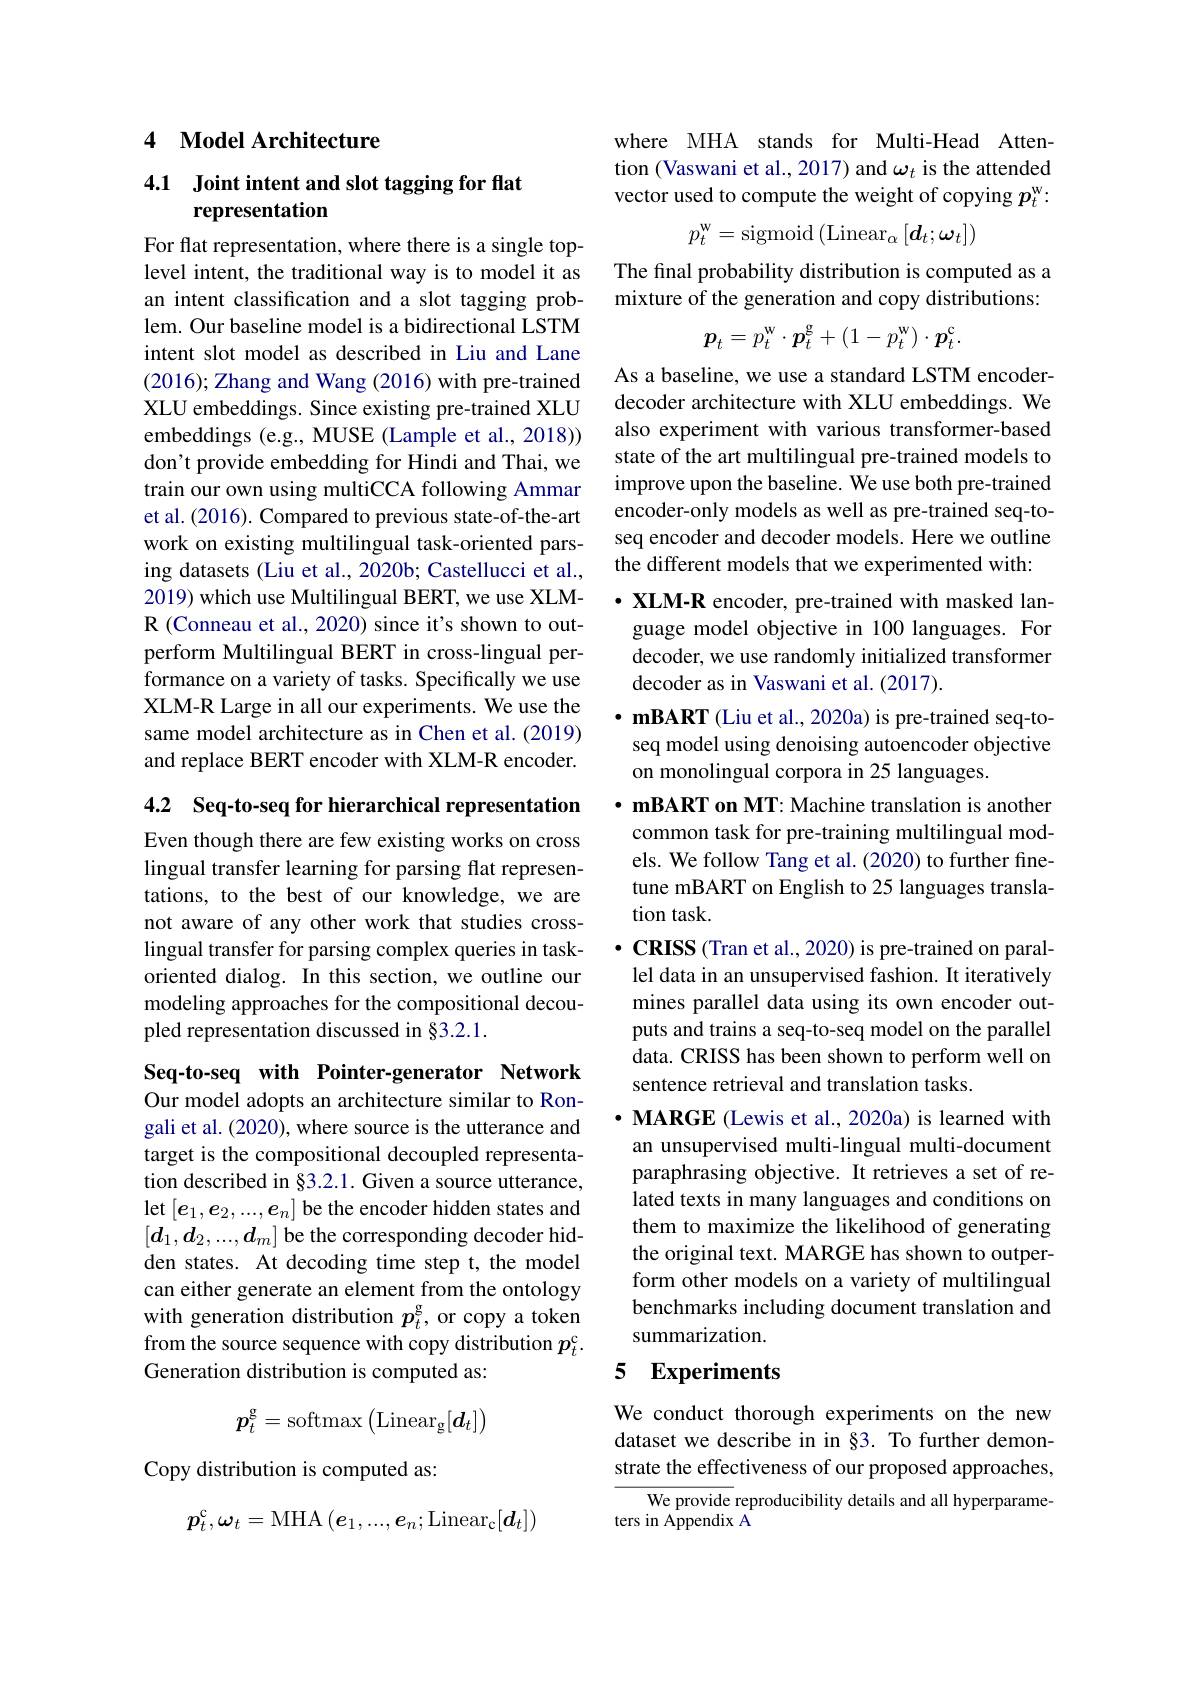
## 4 Model Architecture

## 4.1 Joint intent and slot tagging for flat representation

For flat representation, where there is a single toplevel intent, the traditional way is to model it as an intent classification and a slot tagging problem. Our baseline model is a bidirectional LSTM intent slot model as described in Liu and Lane (2016);Zhang and Wang (2016) with pre-trained XLU embeddings. Since existing pre-trained XLU embeddings (e.g., MUSE (Lample et al., 2018)) don't provide embedding for Hindi and Thai, we train our own using multiCCA following Ammar et al. (2016). Compared to previous state-of-the-art work on existing multilingual task-oriented parsing datasets (Liu et al., 2020b; Castellucci et al., 2019) which use Multilingual BERT, we use XLMR (Conneau et al., 2020) since it's shown to outperform Multilingual BERT in cross-lingual performance on a variety of tasks. Specifically we use XLM-R Large in all our experiments. We use the same model architecture as in Chen et al.(2019) and replace BERT encoder with XLM-R encoder.

4.2 Seq-to-seq for hierarchical representation

Even though there are few existing works on cross lingual transfer learning for parsing flat representations, to the best of our knowledge, we are not aware of any other work that studies crosslingual transfer for parsing complex queries in taskoriented dialog. In this section, we outline our modeling approaches for the compositional decoupled representation discussed in §3.2.1.

Seq-to-seq with Pointer-generator Network Our model adopts an architecture similar to Rongali et al. (2020), where source is the utterance and target is the compositional decoupled representation described in §3.2.1. Given a source utterance, let $[e_1,e_2,...,e_n]$ be the encoder hidden states and $[d_1,d_2,...,d_m]$ be the corresponding decoder hidden states. At decoding time step t, the model can either generate an element from the ontology with generation distribution $p_t^\mathrm{g}$,or copy a token from the source sequence with copy distribution $p_t^\mathrm{c}.$ Generation distribution is computed as:
$$p_t^\mathrm{g}=\mathrm{softmax}\begin{pmatrix}\mathrm{Linear}_\mathrm{g}[\boldsymbol{d}_t]\end{pmatrix}$$
Copy distribution is computed as:
$$p_t^\mathrm{c},\omega_t=\mathrm{MHA}\left(e_1,...,e_n;\mathrm{Linear}_\mathrm{c}[d_t]\right)$$
where MHA stands for Multi-Head Attention (Vaswani et al., 2017) and $\omega_t$ is the attended vector used to compute the weight of copying $p_t^\mathrm{w}:$
$$p_t^\mathrm{w}=\mathrm{sigmoid}\left(\mathrm{Linear}_\alpha\left[d_t;\omega_t\right]\right)$$
The final probability distribution is computed as a mixture of the generation and copy distributions:
$$p_t=p_t^\mathrm{w}\cdot p_t^\mathrm{g}+(1-p_t^\mathrm{w})\cdot\boldsymbol{p}_t^\mathrm{c}.$$
As a baseline, we use a standard LSTM encoderdecoder architecture with XLU embeddings. We also experiment with various transformer-based state of the art multilingual pre-trained models to improve upon the baseline. We use both pre-trained encoder-only models as well as pre-trained seq-toseq encoder and decoder models. Here we outline the different models that we experimented with:

$\cdot \textbf{ XLM- R encoder, pre- trained with masked lan- }$ guage model objective in 100 languages. For decoder, we use randomly initialized transformer decoder as in Vaswani et al. (2017).
$\cdot \textbf{mBART ( Liu et al. , 2020a) is pre- trained seq- to- }$ seq model using denoising autoencoder objective on monolingual corpora in 25 languages.
$\cdot \textbf{ mBART on MT: Machine translation is another}$ common task for pre-training multilingual models. We follow Tang et al. (2020) to further finetune mBART on English to 25 languages translation task.
$\cdot$CRISS (Tran et al., 2020) is pre-trained on parallel data in an unsupervised fashion. It iteratively mines parallel data using its own encoder outputs and trains a seq-to-seq model on the parallel data. CRISS has been shown to perform well on sentence retrieval and translation tasks.
$\cdot \textbf{MARGE( Lewis et al. , 2020a) is learned with}$ an unsupervised multi-lingual multi-document paraphrasing objective. It retrieves a set of related texts in many languages and conditions on them to maximize the likelihood of generating the original text. MARGE has shown to outperform other models on a variety of multilingual benchmarks including document translation and summarization. 5 Experiments

We conduct thorough experiments on the new dataset we describe in in §3. To further demonstrate the effectiveness of our proposed approaches

We provide reproducibility details and all hyperparame-
ters in Appendix A